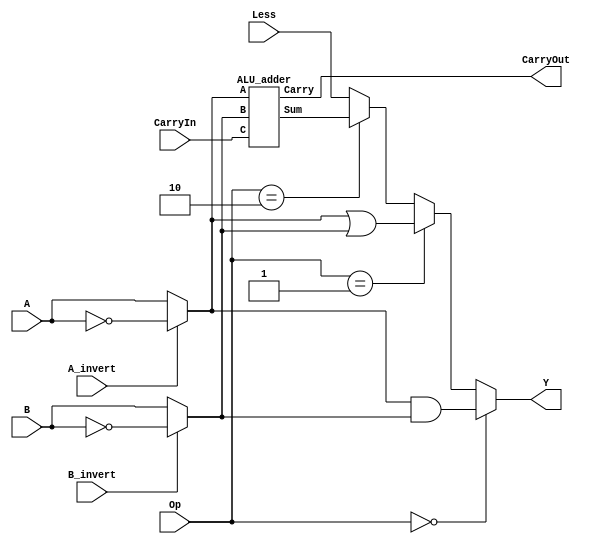
module ALU_1B(Y,CarryOut,A,B,Less,CarryIn,A_invert,B_invert,Op);
	input 		A,B,CarryIn,Less;
	input 		A_invert,B_invert;
	input [1:0] Op;
	output Y;
	output CarryOut;

	wire T1,T2;
	wire Y1;

	 ALU_adder Adder(Y1,CarryOut,T1,T2,CarryIn);


assign Y= (Op==2'b00)?(T1&T2):((Op==2'b01)?(T1|T2):((Op==2'b10)?Y1:Less));
assign T1=(A_invert)?(~A):A;
assign T2=(B_invert)?(~B):B;

endmodule


//Architecture 1
module ALU_adder (Sum,Carry,A,B,C);
	input A,B,C;
	output Sum,Carry;

	assign {Carry,Sum} = A+B+C;
endmodule

module ALU_1B_MSB(Set,Overflow,Y,CarryOut,A,B,Less,CarryIn,A_invert,B_invert,Op);
	input 		A,B,CarryIn,Less;
	input 		A_invert,B_invert;
	input [1:0] Op;
	output Y;
	output Set,Overflow,CarryOut;

	wire T1,T2;
	wire Y1;

	 ALU_adder Adder(Y1,CarryOut,T1,T2,CarryIn);

assign Set=Y1;

assign Y= (Op==2'b00)?(T1&T2):((Op==2'b01)?(T1|T2):((Op==2'b10)?Y1:Less));
assign T1=(A_invert)?(~A):A;
assign T2=(B_invert)?(~B):B;
/*
always@(Op,T1,T2,Y1)
begin
	if(Op==2'b00)
		Y=T1 & T2;
	else 
	begin
		if(Op==2'b01)
			Y=T1 | T2;
		else
		begin 	if(Op==2'b10)
					Y=Y1;
				else
					Y=Less;
		end
	end
end
*/
/*always@(A_invert,A)
begin
	if(A_invert)
		T1=~A;
	else
		T1=A;
end
always@(B_invert,B)
begin
	if (B_invert)
		T2=~B;
	else
		T2=B;
end
*/
always @(T1,T2,B_invert,CarryOut,Y1) 
begin
	

end
endmodule